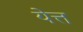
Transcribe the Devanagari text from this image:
येत्त